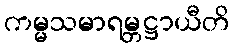
ကမ္မသမာရမ္ဘဋ္ဌာယီတိ